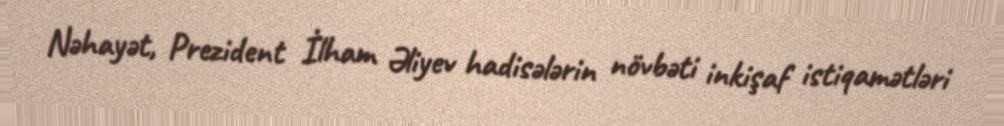
Nəhayət, Prezident İlham Əliyev hadisələrin növbəti inkişaf istiqamətləri